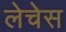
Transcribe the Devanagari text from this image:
लेचेस